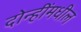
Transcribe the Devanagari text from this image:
दोन्हींमधील